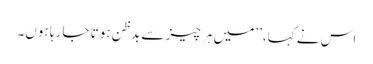
اس نے کہا، ’’میں ہر چیز سے بدظن ہوتا جا رہا ہوں۔